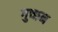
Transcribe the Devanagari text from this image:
गुच्छन